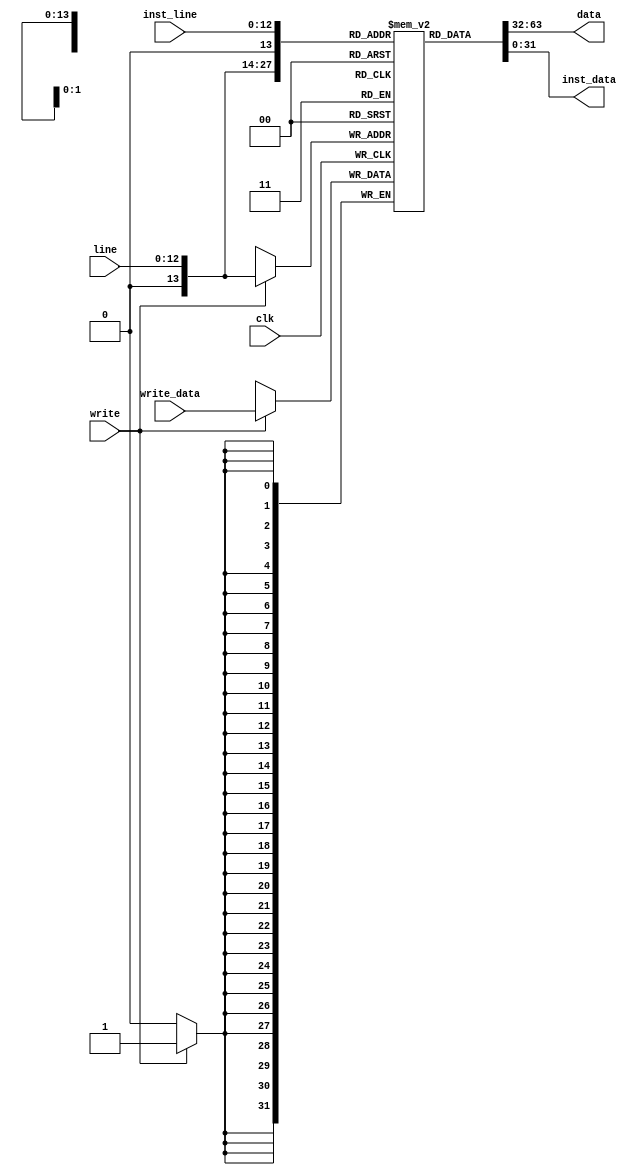
module memory(
	input wire [12:0] line,
	input wire [31:0] write_data,
	input wire write,
	input wire clk,
	output wire [31:0] data,
	input wire [12:0] inst_line,
	output wire [31:0] inst_data);

reg [31:0] mem[0:8192];
assign data = mem[line];
assign inst_data = mem[inst_line];

parameter ROM_FILE = "NONE";

always @(posedge clk) begin
	if (write) begin
		mem[line] <= write_data;
	end
end

initial begin
	if (ROM_FILE != "NONE") begin
		$display("MEM LOADED");
		$readmemh(ROM_FILE, mem);
	end else
		$display("NO MEM");
end

endmodule